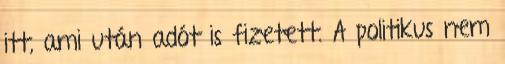
itt, ami után adót is fizetett. A politikus nem